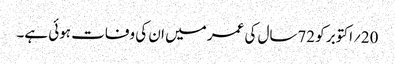
20؍اکتوبر کو 72سال کی عمر میں ان کی وفات ہوئی ہے۔